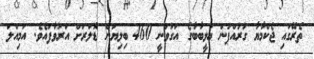
ތެރޭގައި ޖެކްމާޔާ ގުރުއްޕުން ޢަލީބާބާގެ އަގުވަނީ 460 ބިލިޔަން ޑޮލަރަށް އަރުވާފައެވެ. އަމިއްލަ